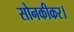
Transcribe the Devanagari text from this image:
सोनकीकर।